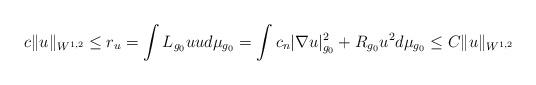
LaTeX: \begin{align*}c\Vert u \Vert_{W^{1,2}}\leq r_{u}=\int L_{g_{0}}uud\mu_{g_{0}}=\int c_{n}\vert \nabla u \vert^{2}_{g_{0}}+R_{g_{0}}u^{2}d\mu_{g_{0}}\leq C\Vert u \Vert_{W^{1,2}}\end{align*}